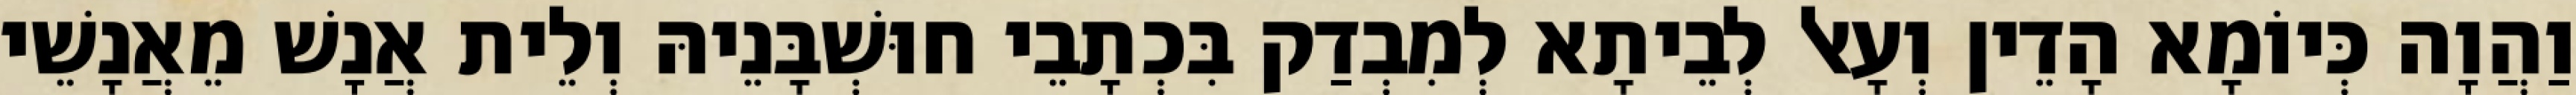
וַהֲוָה כְּיוֹמָא הָדֵין וְעָאל לְבֵיתָא לְמִבְדַק בִּכְתָבֵי חוּשְׁבָּנֵיהּ וְלֵית אֲנָשׁ מֵאֲנָשֵׁי